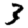
Digit: 3